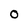
Character: O